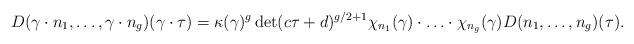
LaTeX: \begin{align*}D(\gamma\cdot n_1,\ldots, \gamma\cdot n_g)(\gamma \cdot \tau)=\kappa(\gamma)^g\det(c\tau+d)^{g/2+1}\chi_{n_1}(\gamma)\cdot\ldots\cdot\chi_{n_g}(\gamma)D(n_1,\ldots, n_g)(\tau).\end{align*}